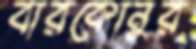
বারকোনুর